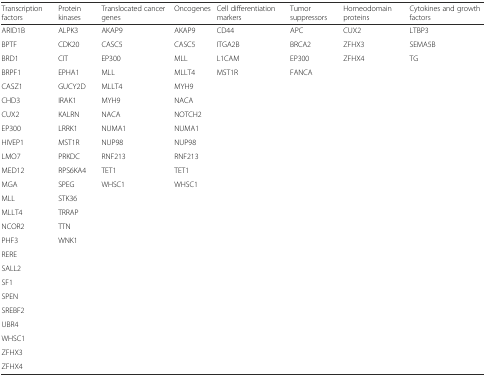
<table><thead><tr><td><b>Transcription factors</b></td><td><b>Protein kinases</b></td><td><b>Translocated cancer genes</b></td><td><b>Oncogenes</b></td><td><b>Cell differentiation markers</b></td><td><b>Tumor suppressors</b></td><td><b>Homeodomain proteins</b></td><td><b>Cytokines and growth factors</b></td></tr></thead><tbody><tr><td>ARID1B</td><td>ALPK3</td><td>AKAP9</td><td>AKAP9</td><td>CD44</td><td>APC</td><td>CUX2</td><td>LTBP3</td></tr><tr><td>BPTF</td><td>CDK20</td><td>CASC5</td><td>CASC5</td><td>ITGA2B</td><td>BRCA2</td><td>ZFHX3</td><td>SEMA5B</td></tr><tr><td>BRD1</td><td>CIT</td><td>EP300</td><td>MLL</td><td>L1CAM</td><td>EP300</td><td>ZFHX4</td><td>TG</td></tr><tr><td>BRPF1</td><td>EPHA1</td><td>MLL</td><td>MLLT4</td><td>MST1R</td><td>FANCA</td><td></td><td></td></tr><tr><td>CASZ1</td><td>GUCY2D</td><td>MLLT4</td><td>MYH9</td><td></td><td></td><td></td><td></td></tr><tr><td>CHD3</td><td>IRAK1</td><td>MYH9</td><td>NACA</td><td></td><td></td><td></td><td></td></tr><tr><td>CUX2</td><td>KALRN</td><td>NACA</td><td>NOTCH2</td><td></td><td></td><td></td><td></td></tr><tr><td>EP300</td><td>LRRK1</td><td>NUMA1</td><td>NUMA1</td><td></td><td></td><td></td><td></td></tr><tr><td>HIVEP1</td><td>MST1R</td><td>NUP98</td><td>NUP98</td><td></td><td></td><td></td><td></td></tr><tr><td>LMO7</td><td>PRKDC</td><td>RNF213</td><td>RNF213</td><td></td><td></td><td></td><td></td></tr><tr><td>MED12</td><td>RPS6KA4</td><td>TET1</td><td>TET1</td><td></td><td></td><td></td><td></td></tr><tr><td>MGA</td><td>SPEG</td><td>WHSC1</td><td>WHSC1</td><td></td><td></td><td></td><td></td></tr><tr><td>MLL</td><td>STK36</td><td></td><td></td><td></td><td></td><td></td><td></td></tr><tr><td>MLLT4</td><td>TRRAP</td><td></td><td></td><td></td><td></td><td></td><td></td></tr><tr><td>NCOR2</td><td>TTN</td><td></td><td></td><td></td><td></td><td></td><td></td></tr><tr><td>PHF3</td><td>WNK1</td><td></td><td></td><td></td><td></td><td></td><td></td></tr><tr><td>RERE</td><td></td><td></td><td></td><td></td><td></td><td></td><td></td></tr><tr><td>SALL2</td><td></td><td></td><td></td><td></td><td></td><td></td><td></td></tr><tr><td>SF1</td><td></td><td></td><td></td><td></td><td></td><td></td><td></td></tr><tr><td>SPEN</td><td></td><td></td><td></td><td></td><td></td><td></td><td></td></tr><tr><td>SREBF2</td><td></td><td></td><td></td><td></td><td></td><td></td><td></td></tr><tr><td>UBR4</td><td></td><td></td><td></td><td></td><td></td><td></td><td></td></tr><tr><td>WHSC1</td><td></td><td></td><td></td><td></td><td></td><td></td><td></td></tr><tr><td>ZFHX3</td><td></td><td></td><td></td><td></td><td></td><td></td><td></td></tr><tr><td>ZFHX4</td><td></td><td></td><td></td><td></td><td></td><td></td><td></td></tr></tbody></table>